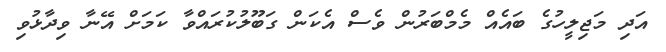
އަދި މަޖިލީހުގެ ބައެއް މެމްބަރުން ވެސް އެކަން ގަބޫލުކުރައްވާ ކަމަށް އޭނާ ވިދާޅުވި